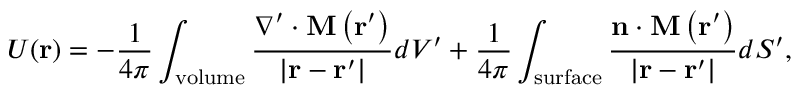
U ( \mathbf { r } ) = - { \frac { 1 } { 4 \pi } } \int _ { \mathrm { v o l u m e } } { \frac { \nabla ^ { \prime } \cdot \mathbf { M \left( r ^ { \prime } \right) } } { | \mathbf { r } - \mathbf { r } ^ { \prime } | } } d V ^ { \prime } + { \frac { 1 } { 4 \pi } } \int _ { \mathrm { s u r f a c e } } { \frac { \mathbf { n } \cdot \mathbf { M \left( r ^ { \prime } \right) } } { | \mathbf { r } - \mathbf { r } ^ { \prime } | } } d S ^ { \prime } ,